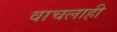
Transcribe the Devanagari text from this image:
वाचलाही